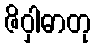
ဇိဝှါဓာတု